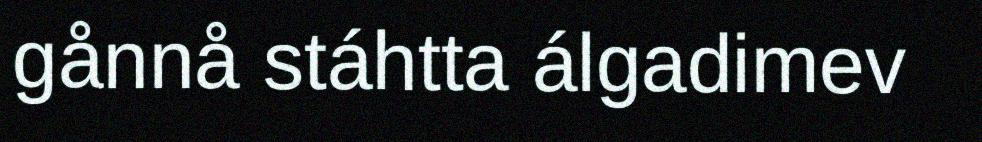
gånnå stáhtta álgadimev